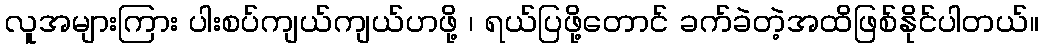
လူအများကြား ပါးစပ်ကျယ်ကျယ်ဟဖို့ ၊ ရယ်ပြဖို့တောင် ခက်ခဲတဲ့အထိဖြစ်နိုင်ပါတယ်။